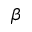
\beta